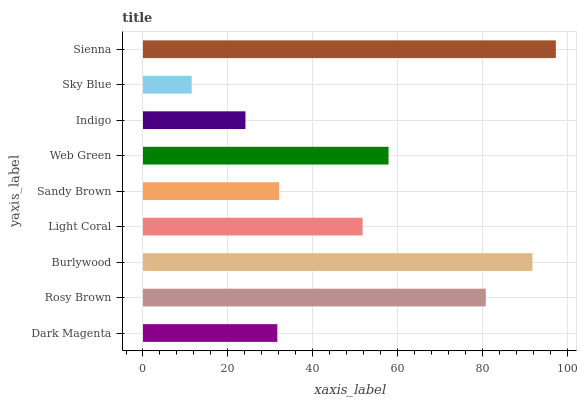
| yaxis_label | bars |
 | --- | --- |
 | Dark Magenta | 31.7 |
 | Rosy Brown | 80.8 |
 | Burlywood | 91.8 |
 | Light Coral | 51.8 |
 | Sandy Brown | 32.1 |
 | Web Green | 57.9 |
 | Indigo | 24.1 |
 | Sky Blue | 11.5 |
 | Sienna | 97.3 |